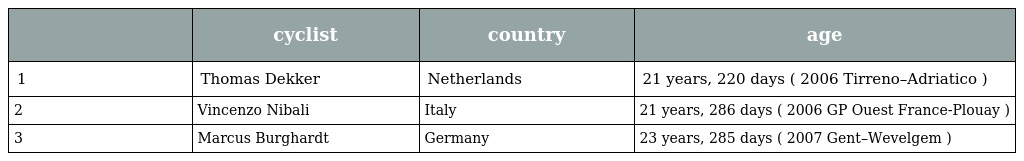
|  | cyclist | country | age |
 | --- | --- | --- | --- |
 | 1 | Thomas Dekker | Netherlands | 21 years, 220 days ( 2006 Tirreno–Adriatico ) |
 | 2 | Vincenzo Nibali | Italy | 21 years, 286 days ( 2006 GP Ouest France-Plouay ) |
 | 3 | Marcus Burghardt | Germany | 23 years, 285 days ( 2007 Gent–Wevelgem ) |